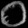
Digit: ၀